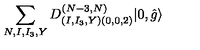
\sum _ { N , I , I _ { 3 } , Y } D _ { ( I , I _ { 3 } , Y ) ( 0 , 0 , 2 ) } ^ { ( N - 3 , N ) } | 0 , \hat { g } \rangle